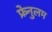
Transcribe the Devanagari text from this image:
फ्रेनुलम